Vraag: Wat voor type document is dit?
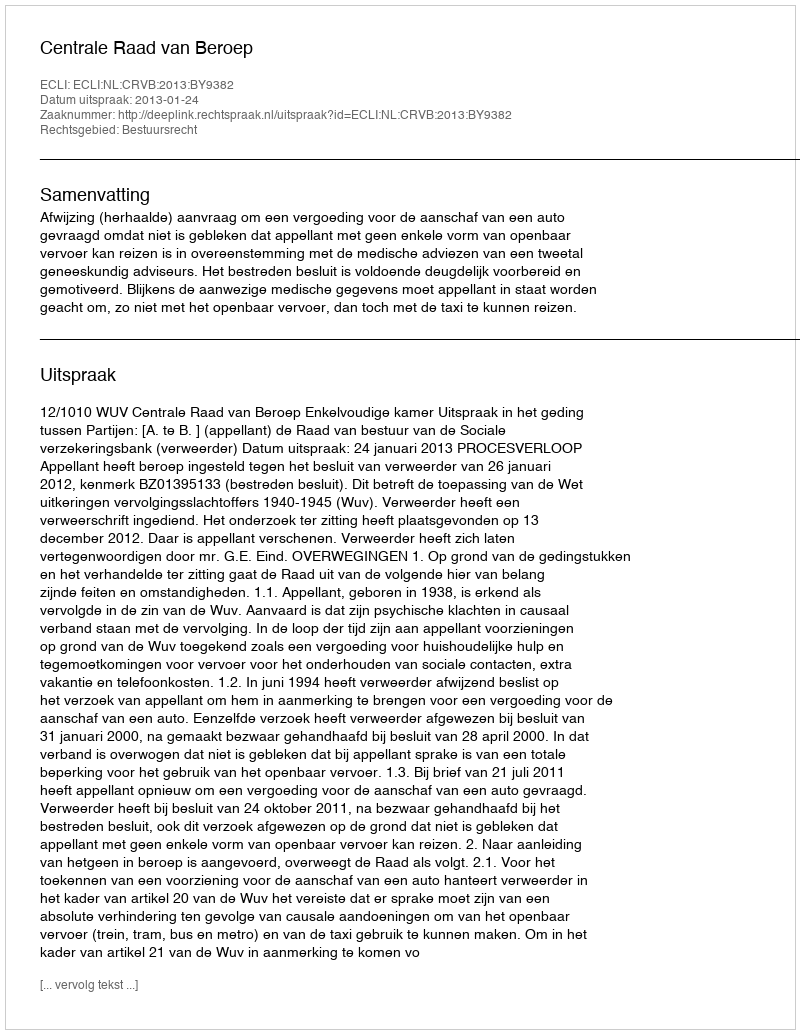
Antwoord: Uitspraak